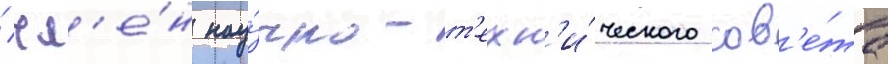
/ чл'е́н нау́чно-т'ехн'и́ческого сов'е́та